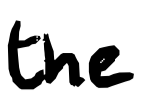
Text: the
Cross-out: clean
Writing tool: digital_black